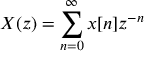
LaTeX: X ( z ) = \sum _ { n = 0 } ^ { \infty } x [ n ] z ^ { - n }